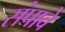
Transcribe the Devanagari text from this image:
संपावे